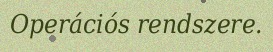
Operációs rendszere.